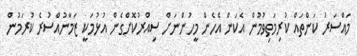
މައްސަރު ކަންތައް ކުރިމަތިވުމުން އެކަން އެހެން މީހުންނަށް ސިއްރުކޮށްގެން އުޅުމަކީ ޒަމާނުއްސުރެ ކުރަމުން